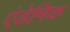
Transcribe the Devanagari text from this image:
एंडेमिक